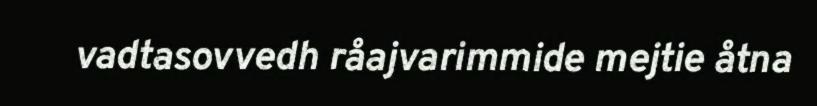
vadtasovvedh råajvarimmide mejtie åtna